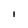
Character: l